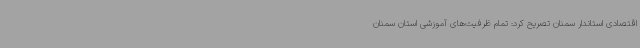
اقتصادی استاندار سمنان تصریح کرد: تمام ظرفیت‌های آموزشی استان سمنان